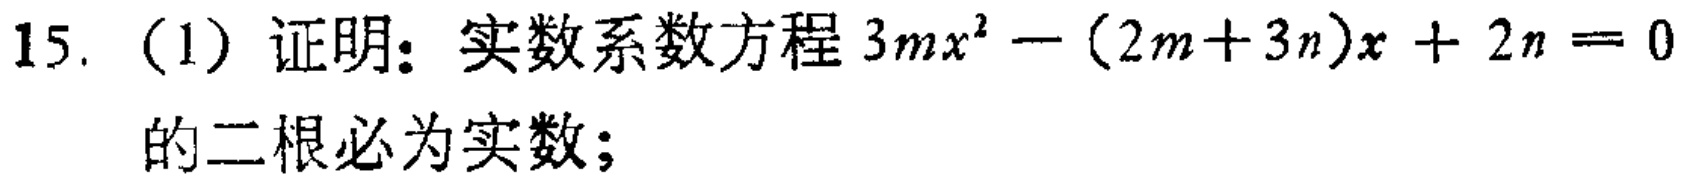
15.（1）证明：实数系数方程\(3mx^{2}-(2m + 3n)x + 2n = 0\)的二根必为实数；